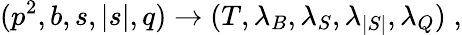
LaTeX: (p^{2},b,s,|s|,q)\rightarrow(T,\lambda_{B},\lambda_{S},\lambda_{|S|},\lambda_{Q})\; ,